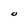
Character: O